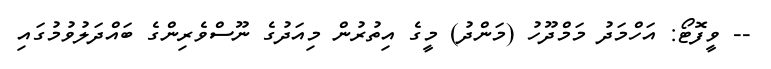
-- ވީފޮޓޯ: އަހްމަދު މަމްދޫހު (މަންދު) މީގެ އިތުރުން މިއަދުގެ ނޫސްވެރިންގެ ބައްދަލުވުމުގައި